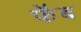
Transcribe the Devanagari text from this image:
फॅब